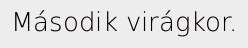
Második virágkor.